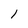
Character: 1